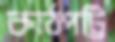
কাঠপট্টি